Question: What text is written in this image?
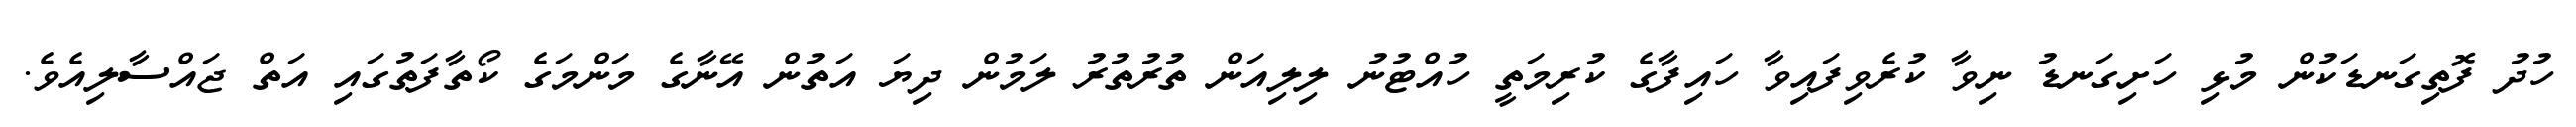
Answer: ހުދު ފޮތިގަނޑަކުން މުޅި ހަށިގަނޑު ނިވާ ކުރެވިފައިވާ ހައިފާގެ ކުރިމަތީ ހުއްޓުނު ލިލިއަން ތުރުތުރު ލަމުން ދިޔަ އަތުން އޭނާގެ މަންމަގެ ކޯތާފަތުގައި އަތް ޖައްސާލިއެވެ.